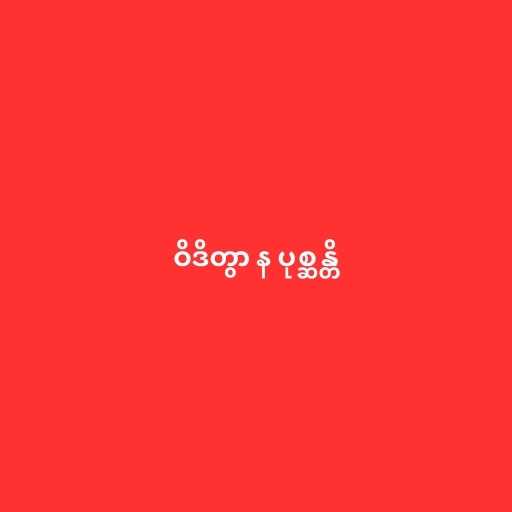
ဝိဒိတွာ န ပုစ္ဆန္တိ